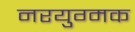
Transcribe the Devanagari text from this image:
नरयुग्मक